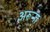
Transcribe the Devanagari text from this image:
अरूना